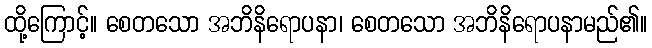
ထို့ကြောင့်။ စေတသော အဘိနိရောပနာ၊ စေတသော အဘိနိရောပနာမည်၏။